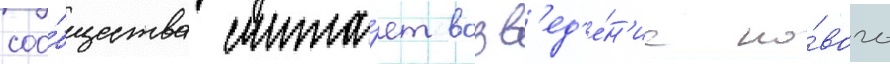
соо́бщества счита́ет возв'ед'е́н'ие но́вого